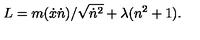
L = m ( { \dot { x } } { \dot { n } } ) / { \sqrt { { \dot { n } } ^ { 2 } } } + \lambda ( n ^ { 2 } + 1 ) . \,